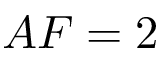
A F = 2